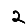
Digit: 2